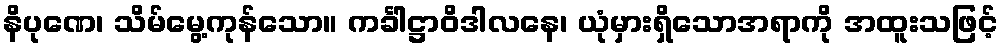
နိပုဏေ၊ သိမ်မွေ့ကုန်သော။ ကင်္ခါဋ္ဌာဝိဒါလနေ၊ ယုံမှားရှိသောအရာကို အထူးသဖြင့်